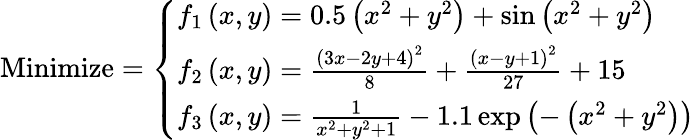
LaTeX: {\mathrm{Minimize}}={\left\{ \begin{array}{ll}{f_{1}\left(x,y\right)=0.5\left(x^{2}+y^{2}\right)+\sin\left(x^{2}+y^{2}\right)}\\ {f_{2}\left(x,y\right)={\frac{\left(3x-2y+4\right)^{2}}{8}}+{\frac{\left(x-y+1\right)^{2}}{27}}+15}\\ {f_{3}\left(x,y\right)={\frac{1}{x^{2}+y^{2}+1}}-1.1\exp\left(-\left(x^{2}+y^{2}\right)\right)}\end{array}\right.}